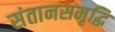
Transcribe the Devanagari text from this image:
संतानसमृद्धि